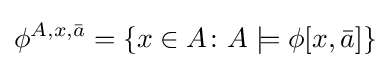
\phi ^{A,x,{\bar {a}}}=\{x\in A\colon A\models \phi [x,{\bar {a}}]\}